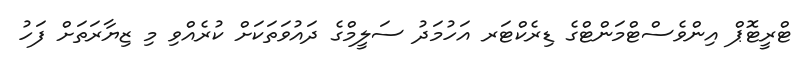
ޓްރީޓޮޕް އިންވެސްޓްމަންޓްގެ ޑިރެކްޓަރ އަހުމަދު ސަލީމްގެ ދައުވަތަކަށް ކުރެއްވި މި ޒިޔާރަތަށް ފަހު